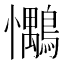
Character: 𢥶